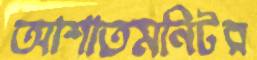
আশাতমনিটর